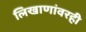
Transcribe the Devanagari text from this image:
लिखाणांवरही